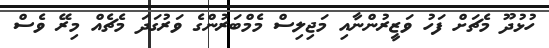
ހުޅުދޫ މެޗަަށް ފަހު ވަޒީރުންނާއި މަޖިލިސް މެމްބަރުންގެ ވަރުގަދަ މެޗެއް މިރޭ ވެސް